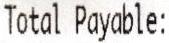
TOTAL PAYABLE: